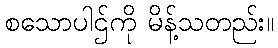
စသောပါဌ်ကို မိန့်သတည်း။